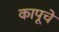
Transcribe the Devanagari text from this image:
कापूचे